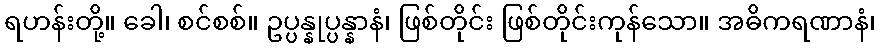
ရဟန်းတို့။ ခေါ၊ စင်စစ်။ ဥပ္ပန္နုပ္ပန္နာနံ၊ ဖြစ်တိုင်း ဖြစ်တိုင်းကုန်သော။ အဓိကရဏာနံ၊